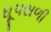
ધૂપસળી